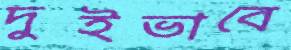
দুইভাবে